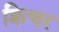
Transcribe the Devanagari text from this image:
क्रिचर